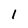
Character: 1